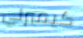
كيمبرلي